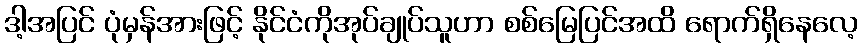
ဒါ့အပြင် ပုံမှန်အားဖြင့် နိုင်ငံကိုအုပ်ချုပ်သူဟာ စစ်မြေပြင်အထိ ရောက်ရှိနေလေ့